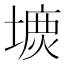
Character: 𡐝